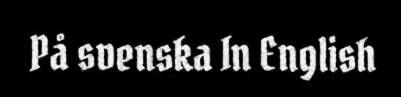
På svenska In English